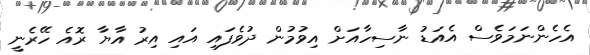
އެހެންނަމަވެސް އެއަޑު ނާސިހާއަށް އިވުމުން ދުވެފައި އައި އިރު އާޔާ ރޮއެ ހޭރެނީ